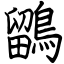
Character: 鶹